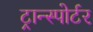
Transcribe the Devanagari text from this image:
ट्रान्स्पोर्टर